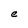
Character: e